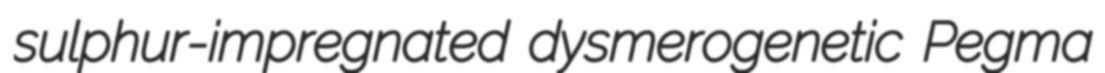
sulphur-impregnated dysmerogenetic Pegma